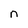
Character: n